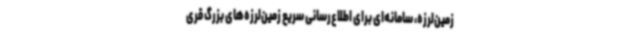
زمین‌لرزه، سامانه‌ای برای اطلاع‌رسانی سریع زمین‌لرزه‌های بزرگ قری